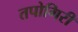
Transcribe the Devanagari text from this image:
तपोगिरी